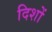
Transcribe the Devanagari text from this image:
दिशों